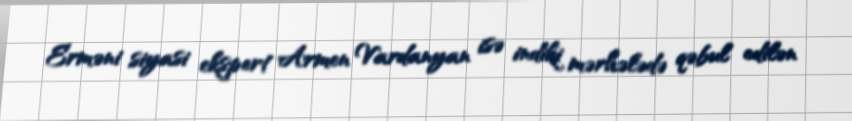
Erməni siyasi ekspert Armen Vardanyan isə indiki mərhələdə qəbul edilən